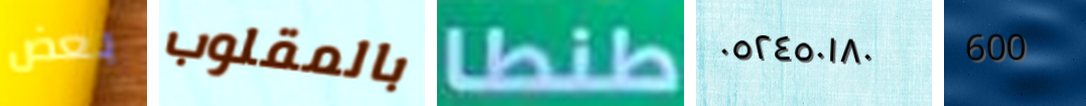
بعض بالمقلوب طنطا ٠٥٢٤٥٠١٨٠ 600